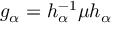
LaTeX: g _ { \alpha } = h _ { \alpha } ^ { - 1 } \mu h _ { \alpha }